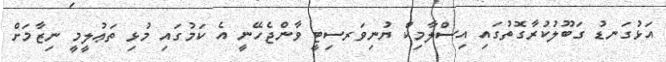
އަޅުގަނޑު ގަބޫލުކުރާގޮތުގައި އިސްލާމިކް ޔުނިވަރސިޓީ ވާންޖެހޭނީ އެ ކަމުގައި މުޅި ތަޢުލީމީ ނިޒާމަށް